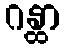
ဂန္ထာ